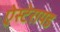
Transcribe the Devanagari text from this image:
ऐस्टेरायड